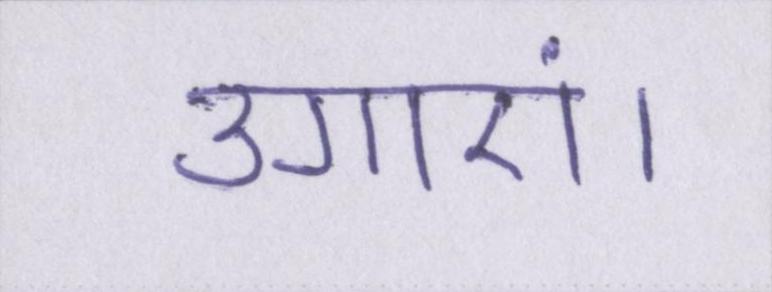
उगाएं।